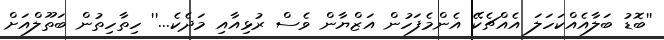
''ބޮޑު ބަލާއެއްކަހަލަ އެއްޗެކޭ އެންމެފަހުން އަޒްޔާން ވެސް ރުޅިއާއި މަދެކެ...'' ހިތާހިތުން ބަތޫލްއަށް